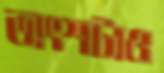
অংশটাও